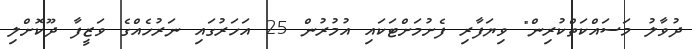
ދުވާލު މަސައްކަތްކުރިން" ވިޔަފާރި ފެށުމަށްޓަކައި އުމުރުން 25 އަހަރުގައި ނަރުހެއްގެ ވަޒީފާ ދޫކޮށްލި